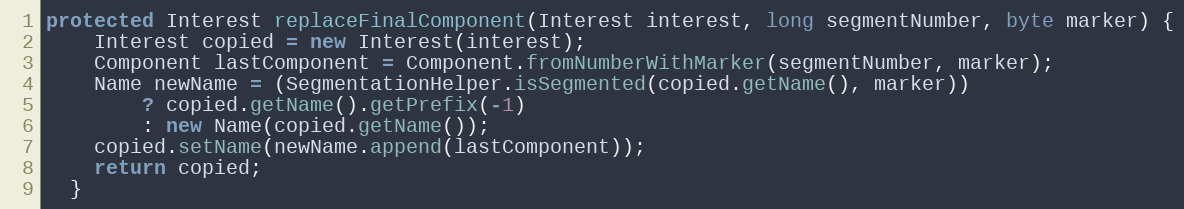
Language: Java
protected Interest replaceFinalComponent(Interest interest, long segmentNumber, byte marker) {
    Interest copied = new Interest(interest);
    Component lastComponent = Component.fromNumberWithMarker(segmentNumber, marker);
    Name newName = (SegmentationHelper.isSegmented(copied.getName(), marker))
        ? copied.getName().getPrefix(-1)
        : new Name(copied.getName());
    copied.setName(newName.append(lastComponent));
    return copied;
  }